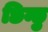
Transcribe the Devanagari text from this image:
छिन्छु